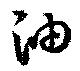
油